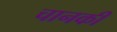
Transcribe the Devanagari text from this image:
चानकी